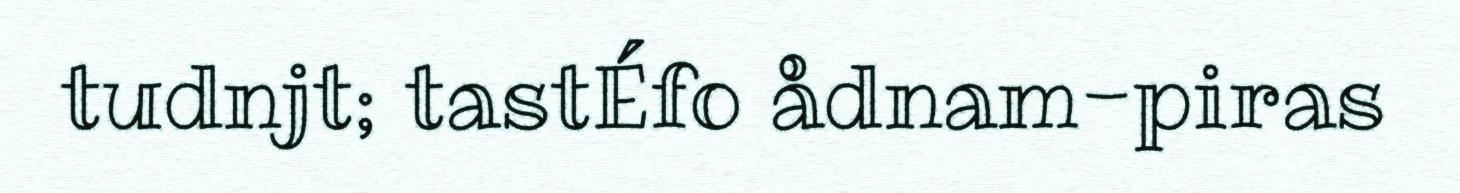
tudnjt; tastÉfo ådnam-piras